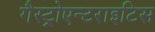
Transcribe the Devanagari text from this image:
गैस्ट्रोएन्टराइटिस